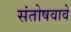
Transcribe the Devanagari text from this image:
संतोषवावे